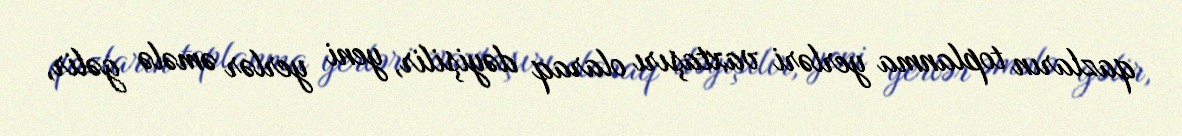
qazların toplanma yerləri vaxtaşırı olaraq dəyişilir, yeni yerlər əmələ gəlir,